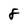
Character: 8